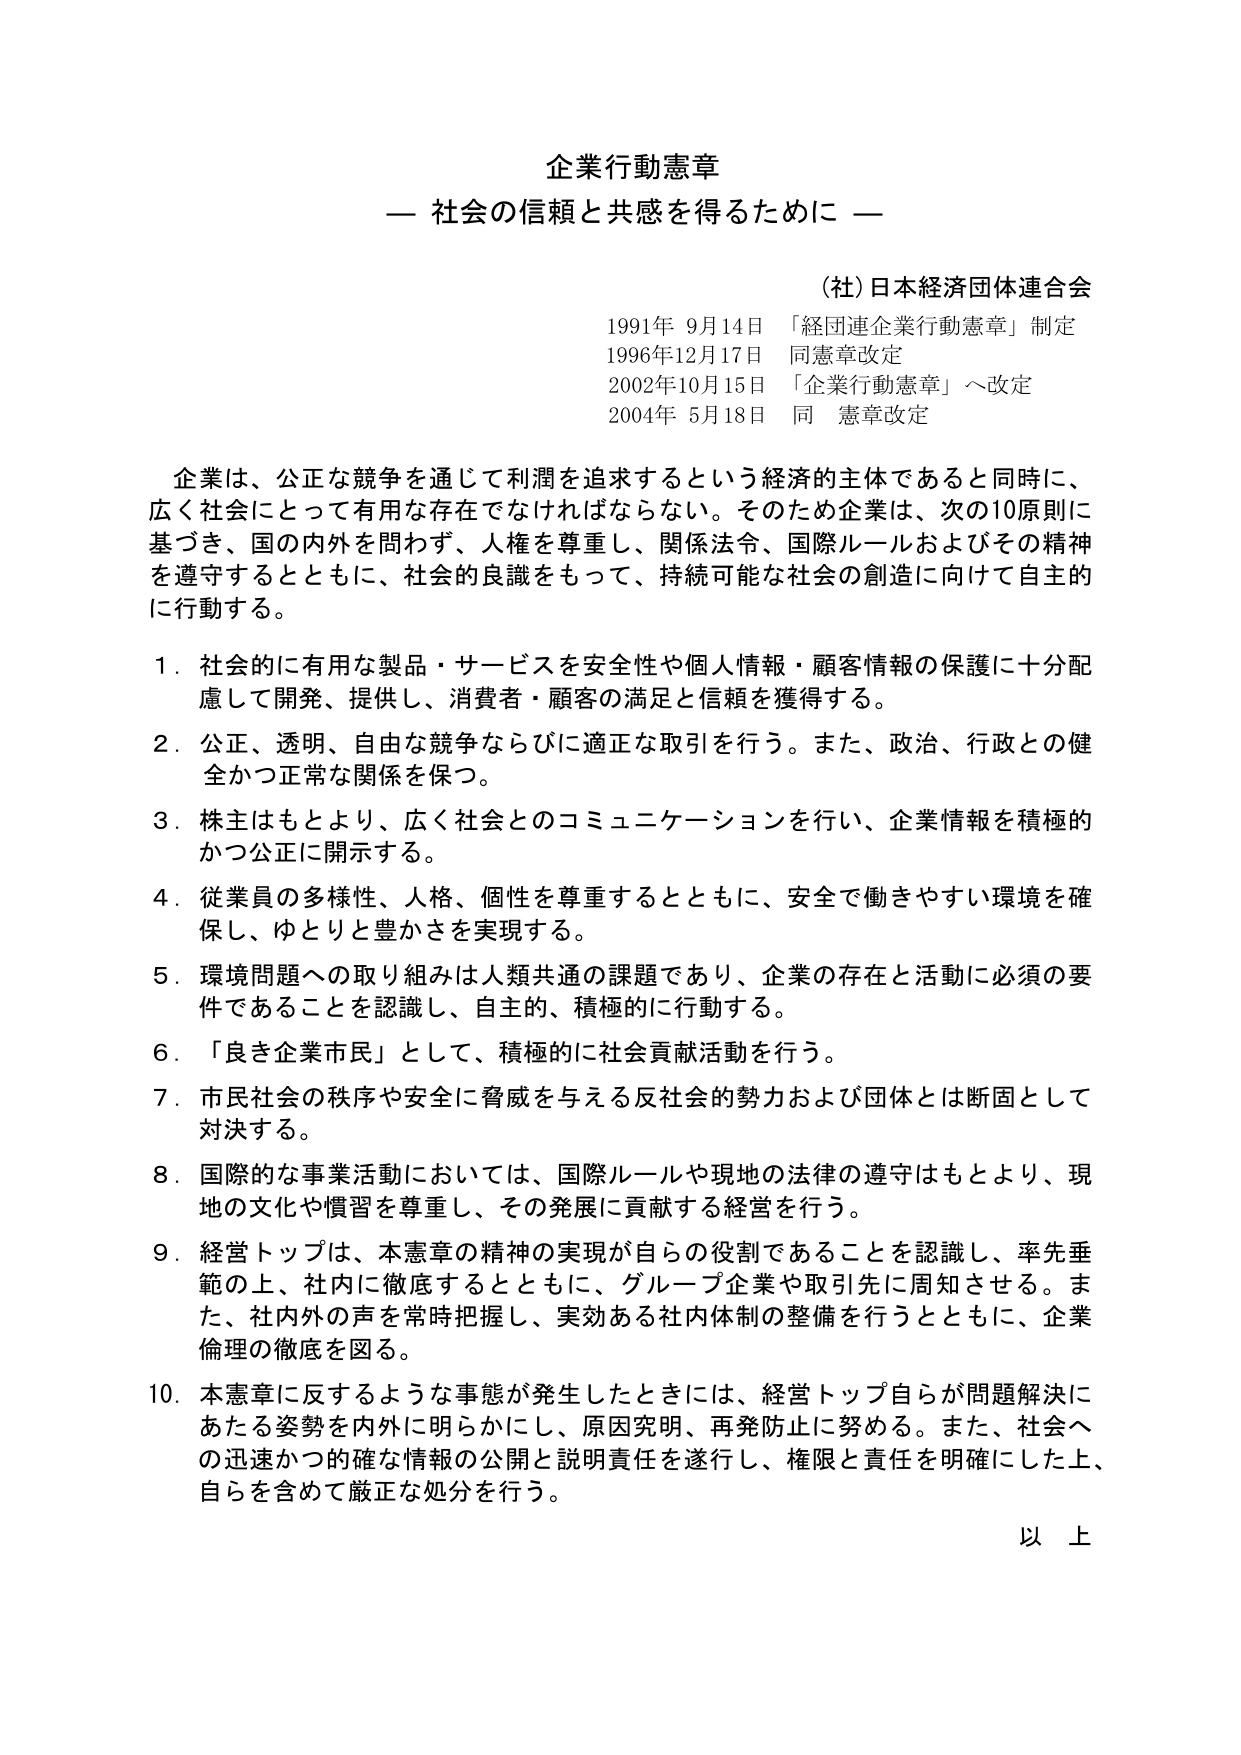
企業行動憲章
— 社会の信頼と共感を得るために —

（社）日本経済団体連合会
1991年 9月14日 「経団連企業行動憲章」制定
1996年12月17日 同憲章改定
2002年10月15日 「企業行動憲章」へ改定
2004年 5月18日 同 憲章改定

企業は、公正な競争を通じて利潤を追求するという経済的主体であると同時に、
広く社会にとって有用な存在でなければならない。そのため企業は、次の10原則に
基づき、国の内外を問わず、人権を尊重し、関係法令、国際ルールおよびその精神
を遵守するとともに、社会的良識をもって、持続可能な社会の創造に向けて自主的
に行動する。

1．社会的に有用な製品・サービスを安全性や個人情報・顧客情報の保護に十分配
慮して開発、提供し、消費者・顧客の満足と信頼を獲得する。

2．公正、透明、自由な競争ならびに適正な取引を行う。また、政治、行政との健
全かつ正常な関係を保つ。

3．株主はもとより、広く社会とのコミュニケーションを行い、企業情報を積極的
かつ公正に開示する。

4．従業員の多様性、人格、個性を尊重するとともに、安全で働きやすい環境を確
保し、ゆとりと豊かさを実現する。

5．環境問題への取り組みは人類共通の課題であり、企業の存在と活動に必須の要
件であることを認識し、自主的、積極的に行動する。

6．「良き企業市民」として、積極的に社会貢献活動を行う。

7．市民社会の秩序や安全に脅威を与える反社会的勢力および団体とは断固として
対決する。

8．国際的な事業活動においては、国際ルールや現地の法律の遵守はもとより、現
地の文化や慣習を尊重し、その発展に貢献する経営を行う。

9．経営トップは、本憲章の精神の実現が自らの役割であることを認識し、率先垂
範の上、社内に徹底するとともに、グループ企業や取引先に周知させる。ま
た、社内外の声を常時把握し、実効ある社内体制の整備を行うとともに、企業
倫理の徹底を図る。

10．本憲章に反するような事態が発生したときには、経営トップ自らが問題解決に
あたる姿勢を内外に明らかにし、原因究明、再発防止に努める。また、社会へ
の迅速かつ的確な情報の公開と説明責任を遂行し、権限と責任を明確にした上、
自らを含めて厳正な処分を行う。

以上